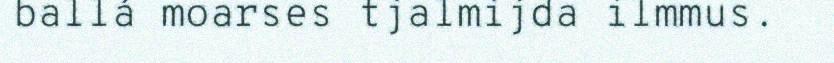
ballá moarses tjalmijda ilmmus.